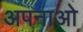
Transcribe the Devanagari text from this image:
अपनाओ